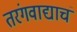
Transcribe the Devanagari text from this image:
तरंगवाद्याचं